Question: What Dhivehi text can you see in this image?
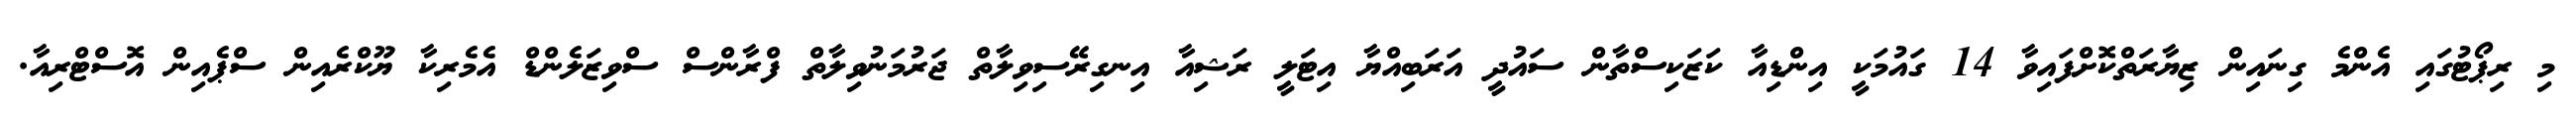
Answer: މި ރިޕޯޓުގައި އެންމެ ގިނައިން ޒިޔާރަތްކޮށްފައިވާ 14 ގައުމަކީ އިންޑިއާ ކަޒަކިސްތާން ސައުދީ އަރަބިއްޔާ އިޓަލީ ރަޝިއާ އިނގިރޭސިވިލާތް ޖަރުމަނުވިލާތް ފްރާންސް ސްވިޒަލެންޑް އެމެރިކާ ޔޫކްރެއިން ސްޕެއިން އޮސްޓްރިއާ.